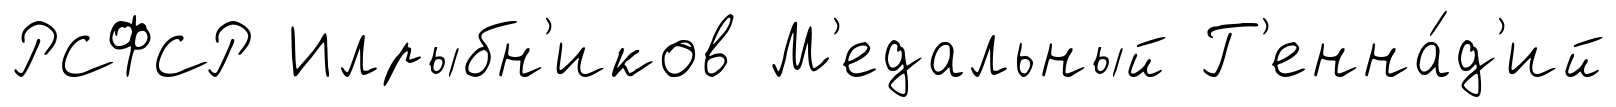
РСФСР Илрыбн'иков М'едальный Г'енна́д'ий